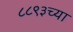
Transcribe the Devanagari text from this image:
८८९३च्या